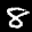
Label: 8